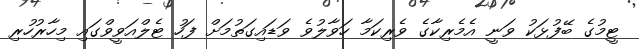
ޓީމުގެ ބޭފުޅަކު ވަނީ އެމެރިކާގެ ވެރިކަމާ ހަވާލުވެ ވަޑައިގަތުމަށް ފަހު ޓެލްއަވީވްގައި މިހާރުހުރި